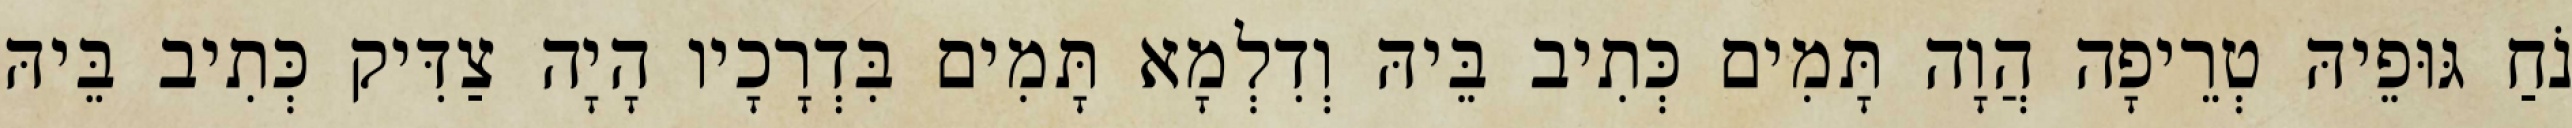
נֹחַ גּוּפֵיהּ טְרֵיפָה הֲוָה תָּמִים כְּתִיב בֵּיהּ וְדִלְמָא תָּמִים בִּדְרָכָיו הָיָה צַדִּיק כְּתִיב בֵּיהּ